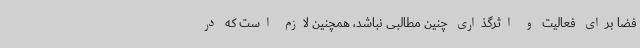
فضا برای فعالیت و اثرگذاری چنین مطالبی نباشد، همچنین لازم است که در